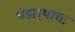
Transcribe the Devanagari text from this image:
भंडार्‍याचा